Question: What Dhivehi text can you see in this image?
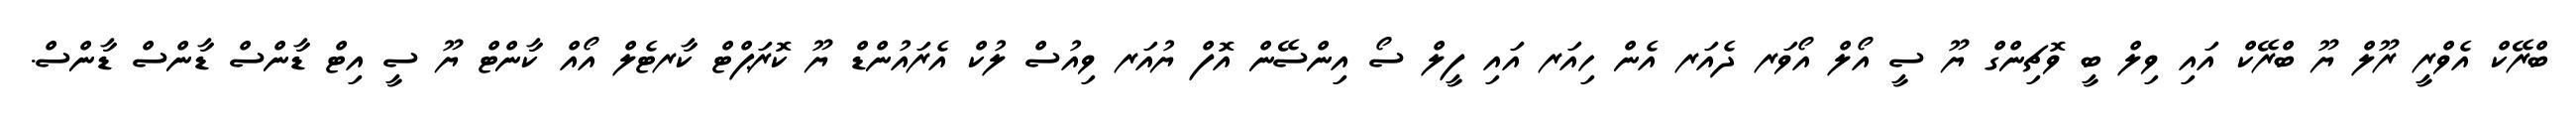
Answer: ބްރޭކް އެވްރީ ރޫލް ޔޫ ބްރޭކް އައި ވިލް ބީ ވޮޗިންގް ޔޫ ސީ އޯލް އޯވަރ ދެއަރ އެން ހިއަރ އައި ފީލް ސޯ އިންސޭން އޮފް ޔުއަރ ވިއުސް ލުކް އެރައުންޑް ޔޫ ކޮރަޕްޓް ކާރޓެލް އޯއް ކާންޓް ޔޫ ސީ އިޓް ޑާންސް ޑާންސް ޑާންސް.